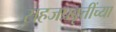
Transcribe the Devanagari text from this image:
सहजप्रवृत्तींच्या